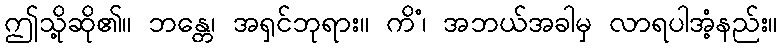
ဤသို့ဆို၏။ ဘန္တေ၊ အရှင်ဘုရား။ ကိံ၊ အဘယ်အခါမှ လာရပါအံ့နည်း။